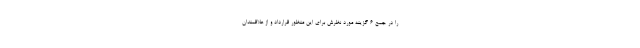
را در جمع 6 گزینه مورد نظرش برای این منظور قرارداد و از علاقمندان